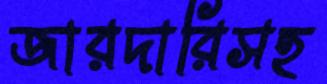
জারদারিসহ